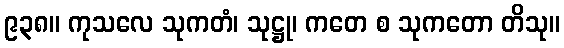
၉၃၈။ ကုသလေ သုကတံ၊ သုဋ္ဌု၊ ကတေ စ သုကတော တိသု။